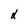
Character: d